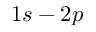
1 s - 2 p